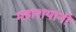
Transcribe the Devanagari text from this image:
महाशयांनी